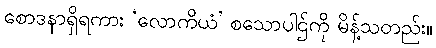
စောဒနာရှိရကား ‘လောကိယံ’ စသောပါဌ်ကို မိန့်သတည်း။